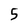
Character: 5